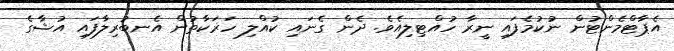
އެޕާޓްމެންޓުން ނުކުމެފައި ނީރާ ހުއްޓިލިއެވެ. ދެން ގެނައި ކުއްލި ހަރަކާތުން އެނބުރިލާފައި އުޝާގެ